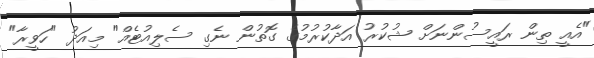
"އެއީ ތިން ރައީސުންނަށް ޝުކުރު އަދާކުރުމުގެ ގޮތުން ނެގި ސެލިއުޓެއް" މިއަދު "ހަވީރާ"